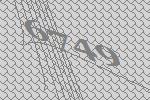
6749